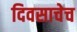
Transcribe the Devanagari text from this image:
दिवसाचेच